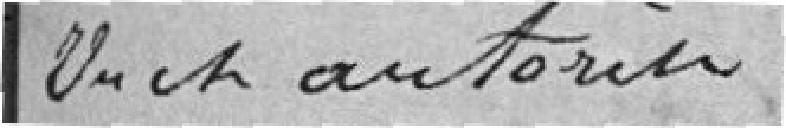
Vu et autorisé